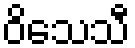
ဝိသေသီ